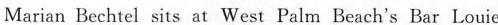
Marian Bechtel sits at West Paim Beach's Bar Louie